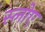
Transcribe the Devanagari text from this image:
स्लोए